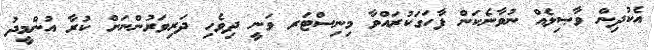
އެކުދިން ވާޞިލެއް ނުވާނެކަން ފާހަގަކުރައްވާ މިނިސްޓަރ ވަނީ ދިވެހި ދަރިވަރުންނަށް ކުރާ އުންމީދު